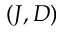
( J , D )